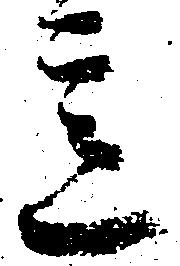
意